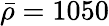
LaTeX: \bar{\rho}=1050